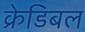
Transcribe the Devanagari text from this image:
क्रेडिबल